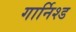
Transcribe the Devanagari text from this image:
गार्निश्ड